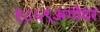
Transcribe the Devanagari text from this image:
१८५९अगोदर